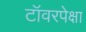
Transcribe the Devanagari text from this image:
टॉवरपेक्षा